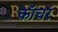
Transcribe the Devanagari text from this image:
कॉचर